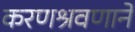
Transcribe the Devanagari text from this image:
करणश्रवणाने